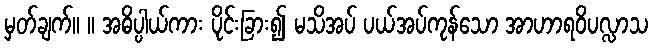
မှတ်ချက်။ ။ အဓိပ္ပါယ်ကား ပိုင်းခြား၍ မသိအပ် ပယ်အပ်ကုန်သော အာဟာရဝိပလ္လာသ